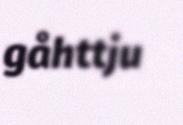
gåhttju